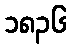
၁၈၃၆